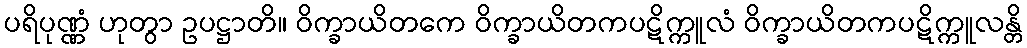
ပရိပုဏ္ဏံ ဟုတွာ ဥပဋ္ဌာတိ။ ဝိက္ခာယိတကေ ဝိက္ခာယိတကပဋိက္ကူလံ ဝိက္ခာယိတကပဋိက္ကူလန္တိ